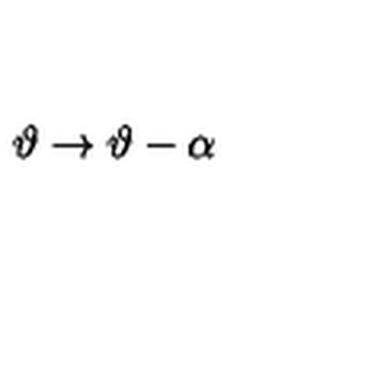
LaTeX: \vartheta \rightarrow \vartheta - \alpha